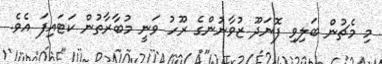
މި މެޗުން ބަލިވި ފޮނަދޫ ޒުވާނުންގެ ރޫހު ވަނީ މުބާރާތުން ކަޓައިފަ އެވެ.